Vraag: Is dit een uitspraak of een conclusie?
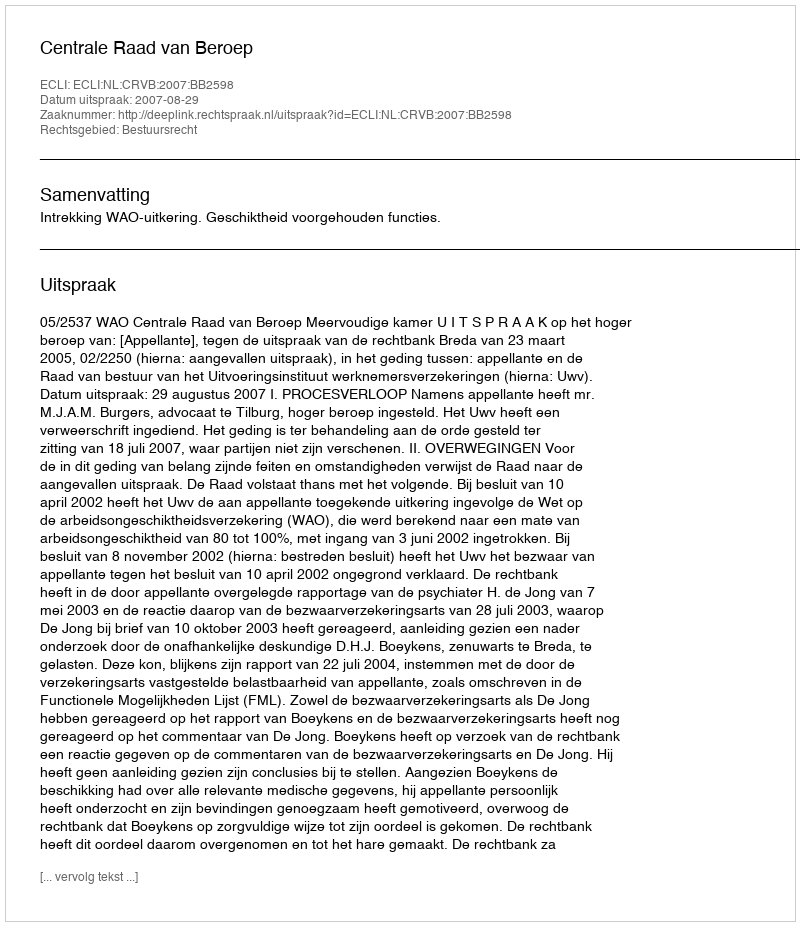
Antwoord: Uitspraak